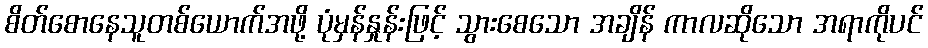
စိတ်စောနေသူတစ်ယောက်အဖို့ ပုံမှန်နှုန်းဖြင့် သွားစေသော အချိန် ကာလဆိုသော အရာကိုပင်